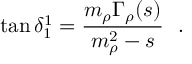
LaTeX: \tan { \delta _ { 1 } ^ { 1 } } = \displaystyle \frac { m _ { \rho } \Gamma _ { \rho } ( s ) } { m _ { \rho } ^ { 2 } - s } ~ ~ .